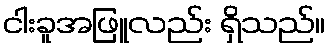
ငါးခူအဖြူလည်း ရှိသည်။